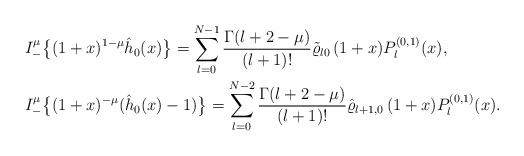
\begin{align*}& I_-^\mu \big\{(1+x)^{1-\mu} \hat h_0(x)\big\}= \sum_{l=0}^{N-1} \frac{\Gamma(l+2-\mu)}{(l+1)!} \tilde \varrho_{l0}\,(1+x) P_l^{(0,1)}(x), \\& I_-^\mu \big\{(1+x)^{-\mu} (\hat h_0(x)-1)\big\}= \sum_{l=0}^{N-2} \frac{\Gamma(l+2-\mu)}{(l+1)!} \hat \varrho_{l+1,0}\,(1+x)P_l^{(0,1)}(x). \end{align*}